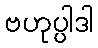
ဗဟုပ္ပါဒါ